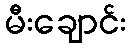
မီးချောင်း